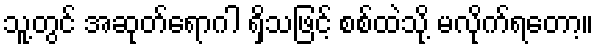
သူ့တွင် အဆုတ်ရောဂါ ရှိသဖြင့် စစ်ထဲသို့ မလိုက်ရတော့။